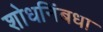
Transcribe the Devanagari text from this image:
शोधनिंबधा